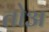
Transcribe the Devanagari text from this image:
तोअ